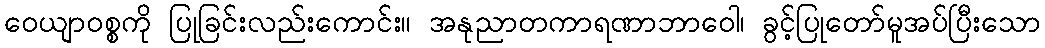
ဝေယျာဝစ္စကို ပြုခြင်းလည်းကောင်း။ အနုညာတကာရဏာဘာဝေါ၊ ခွင့်ပြုတော်မူအပ်ပြီးသော